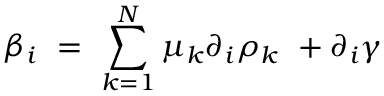
\beta _ { i } \ = \ \sum _ { k = 1 } ^ { N } \mu _ { k } \partial _ { i } \rho _ { k } \ + \partial _ { i } \gamma